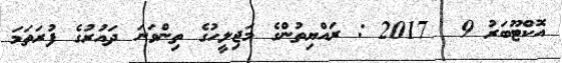
އޮކްޓޫބަރު 9  2017 : ރައްޔިތުންގެ މަޖިލީހުގެ ތިންވަނަ ދައުރުގެ ފުރަތަމަ